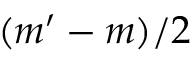
( m ^ { \prime } - m ) / 2